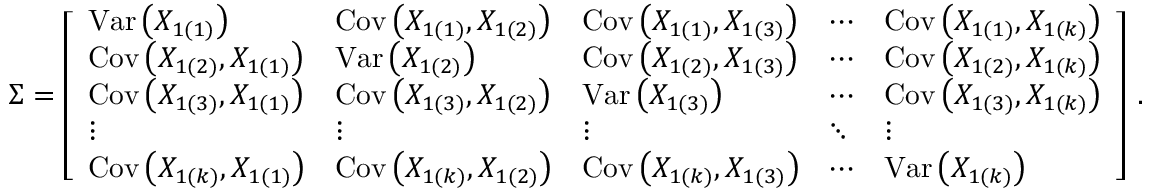
{ \boldsymbol { \Sigma } } = { \left[ \begin{array} { l l l l l } { { \operatorname { V a r } \left( X _ { 1 ( 1 ) } \right) } } & { \operatorname { C o v } \left( X _ { 1 ( 1 ) } , X _ { 1 ( 2 ) } \right) } & { \operatorname { C o v } \left( X _ { 1 ( 1 ) } , X _ { 1 ( 3 ) } \right) } & { \cdots } & { \operatorname { C o v } \left( X _ { 1 ( 1 ) } , X _ { 1 ( k ) } \right) } \\ { \operatorname { C o v } \left( X _ { 1 ( 2 ) } , X _ { 1 ( 1 ) } \right) } & { \operatorname { V a r } \left( X _ { 1 ( 2 ) } \right) } & { \operatorname { C o v } \left( X _ { 1 ( 2 ) } , X _ { 1 ( 3 ) } \right) } & { \cdots } & { \operatorname { C o v } \left( X _ { 1 ( 2 ) } , X _ { 1 ( k ) } \right) } \\ { \operatorname { C o v } \left( X _ { 1 ( 3 ) } , X _ { 1 ( 1 ) } \right) } & { \operatorname { C o v } \left( X _ { 1 ( 3 ) } , X _ { 1 ( 2 ) } \right) } & { \operatorname { V a r } \left( X _ { 1 ( 3 ) } \right) } & { \cdots } & { \operatorname { C o v } \left( X _ { 1 ( 3 ) } , X _ { 1 ( k ) } \right) } \\ { \vdots } & { \vdots } & { \vdots } & { \ddots } & { \vdots } \\ { \operatorname { C o v } \left( X _ { 1 ( k ) } , X _ { 1 ( 1 ) } \right) } & { \operatorname { C o v } \left( X _ { 1 ( k ) } , X _ { 1 ( 2 ) } \right) } & { \operatorname { C o v } \left( X _ { 1 ( k ) } , X _ { 1 ( 3 ) } \right) } & { \cdots } & { \operatorname { V a r } \left( X _ { 1 ( k ) } \right) } \end{array} \right] } ~ .